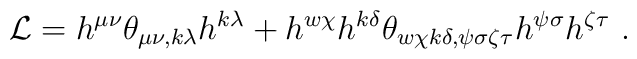
{\cal L}=h^{\mu\nu}\theta_{\mu\nu ,k\lambda}h^{k\lambda}+h^{w\chi}h^{k\delta}\theta_{w\chi k\delta ,\psi\sigma \zeta \tau}h^{\psi \sigma}h^{\zeta \tau}\ .